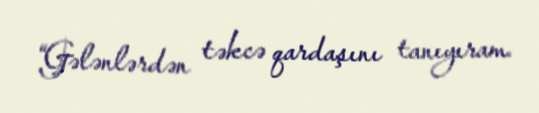
“Gələnlərdən təkcə qardaşını tanıyıram.